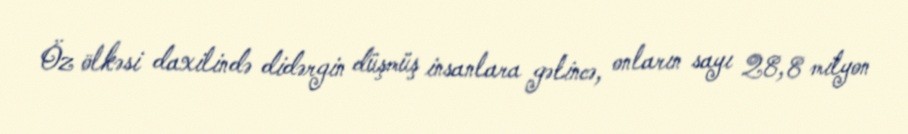
Öz ölkəsi daxilində didərgin düşmüş insanlara gəlincə, onların sayı 28,8 milyon